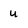
Character: u